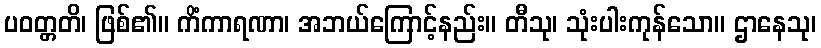
ပဝတ္တတိ၊ ဖြစ်၏။ ကိံကာရဏာ၊ အဘယ်ကြောင့်နည်း။ တီသု၊ သုံးပါးကုန်သော။ ဌာနေသု၊